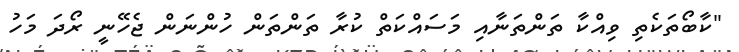
"ކާބޯތަކެތި ވިއްކާ ތަންތަނާއި މަސައްކަތް ކުރާ ތަންތަން ހުންނަން ޖެހޭނީ ރޯދަ މަހު